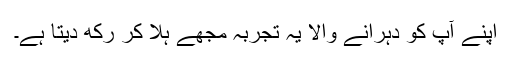
اپنے آپ کو دہرانے والا یہ تجربہ مجھے ہِلا کر رکھ دیتا ہے۔